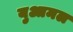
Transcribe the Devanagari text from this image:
युआमल